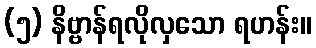
(၅) နိဗ္ဗာန်ရလိုလှသော ရဟန်း။